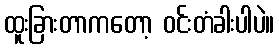
ထူးခြားတာကတော့ ဝင်းတံခါးပါပဲ။